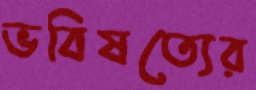
ভবিষত্যের